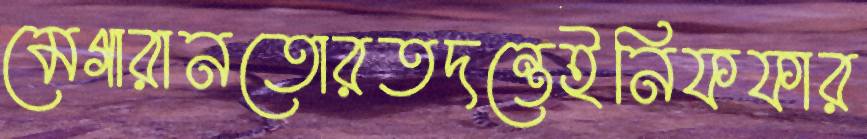
মেগারানতোরতদন্তেইনিফফার